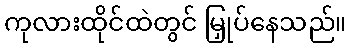
ကုလားထိုင်ထဲတွင် မြှုပ်နေသည်။